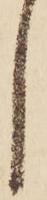
し